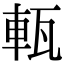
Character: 𤭔